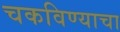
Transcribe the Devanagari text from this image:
चकविण्याचा